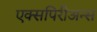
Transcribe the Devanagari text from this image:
एक्सपिरीअन्स